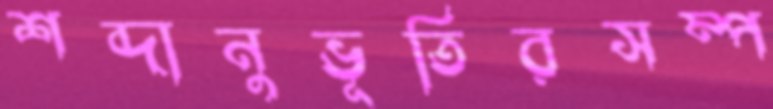
শব্দানুভূতিরসম্প